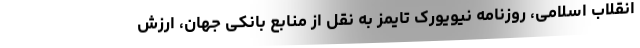
انقلاب اسلامی، روزنامه نیویورک تایمز به نقل از منابع بانکی جهان، ارزش